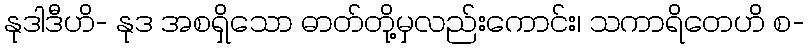
နုဒါဒီဟိ- နုဒ အစရှိသော ဓာတ်တို့မှလည်းကောင်း၊ သကာရိတေဟိ စ-